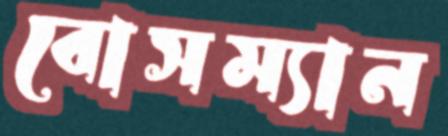
বোসম্যান